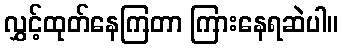
လွှင့်ထုတ်နေကြတာ ကြားနေရဆဲပါ။